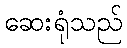
ဆေးရုံသည်